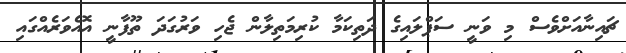
ޗައިނާއަށްވެސް މި ވަނީ ސަޕްލައިގެ ދަތިކަމާ ކުރިމަތިލާން ޖެހި ވަރުގަދަ ތޫފާނީ އޮއެވަރެއްގައި